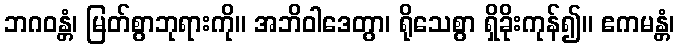
ဘဂဝန္တံ၊ မြတ်စွာဘုရားကို။ အဘိဝါဒေတွာ၊ ရိုသေစွာ ရှိခိုးကုန်၍။ ဧကမန္တံ၊